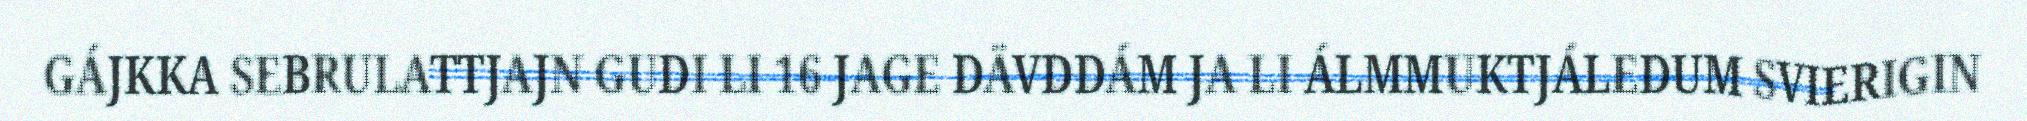
GÁJKKA SEBRULATTJAJN GUDI LI 16 JAGE DÄVDDÁM JA LI ÁLMMUKTJÁLEDUM SVIERIGIN